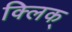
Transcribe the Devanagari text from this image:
क्लिक्